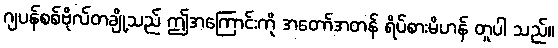
ဂျပန်စစ်ဗိုလ်တချို့သည် ဤအကြောင်းကို အတော်အတန် ရိပ်စားမိဟန် တူပါ သည်။